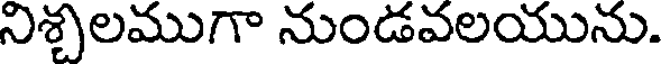
నిశ్చలముగా నుండవలయును.